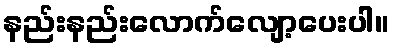
နည်းနည်းလောက်လျော့ပေးပါ။